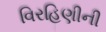
વિરહિણીની